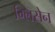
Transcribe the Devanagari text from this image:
ग्लिसेन